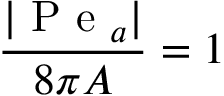
\frac { | \mathrm { ~ P ~ e ~ } _ { a } | } { 8 \pi A } = 1